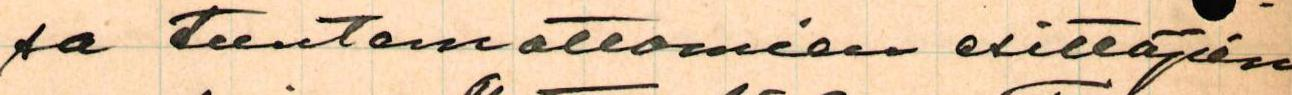
sa tuntemattomien esittäjien